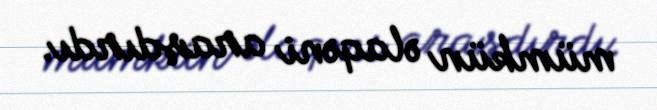
mümkün əlaqəni araşdırdı.